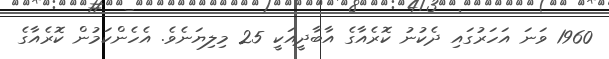
1960 ވަނަ އަހަރުގައި ދެކުނު ކޮރެއާގެ އާބާދީއަކީ 25 މިލިޔަނެވެ. އެހެންކަމުން ކޮރެއާގެ